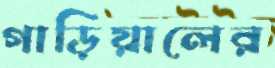
গাড়িয়ালের